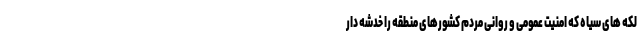
لکه های سیاه که امنیت عمومی و روانی مردم کشورهای منطقه را خدشه دار